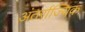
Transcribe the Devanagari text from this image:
अंतर्राज्यिक